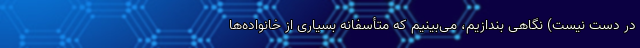
در دست نیست) نگاهی بندازیم، می‌بینیم که متأسفانه بسیاری از خانواده‌ها